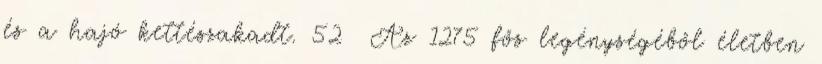
és a hajó kettészakadt. 52 Az 1275 fős legénységéből életben